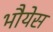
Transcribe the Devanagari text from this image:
भौयेस